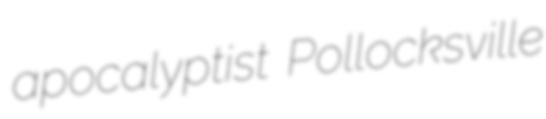
apocalyptist Pollocksville